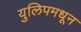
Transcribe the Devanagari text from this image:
युलिपमधून